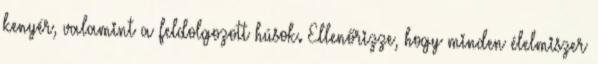
kenyér, valamint a feldolgozott húsok. Ellenőrizze, hogy minden élelmiszer